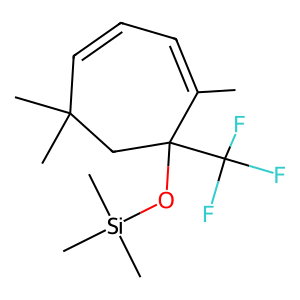
SMILES: CC1=CC=CC(C)(C)CC1(O[Si](C)(C)C)C(F)(F)F
Inhibits HIV replication: No